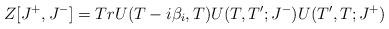
LaTeX: \begin{align*}Z[J^+, J^-]= Tr U(T-i\beta_i,T)U(T,T';J^-)U(T',T;J^+)\end{align*}